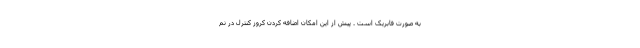
به صورت فابریک است . پیش از این امکان اضافه کردن کروز کنترل در نم